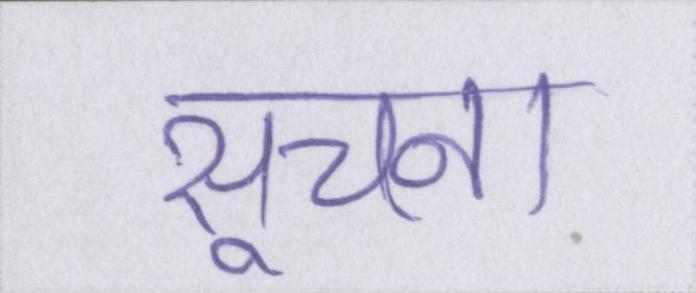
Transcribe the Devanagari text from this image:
सूचना